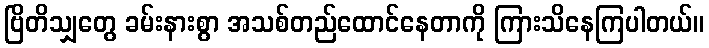
ဗြိတိသျှတွေ ခမ်းနားစွာ အသစ်တည်ထောင်နေတာကို ကြားသိနေကြပါတယ်။